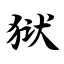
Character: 狱